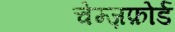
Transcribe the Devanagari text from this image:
चेम्ज़फ़ोर्ड